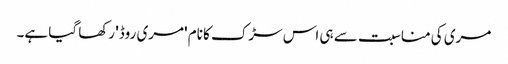
مری کی مناسبت سے ہی اس سڑک کا نام 'مری روڈ' رکھا گیا ہے۔